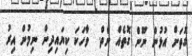
ގޮތަށް އުޅުން ނޫން ގޮތެއް ނެތް.  ވާހަކަ ކިޔައިދިން ނިމުން އިރު